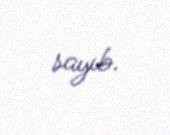
sayıb.